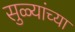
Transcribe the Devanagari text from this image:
सुळ्यांच्या